Lunatic asylums Central Provinces reports 1910-1926 - 1910-1926
Year: 1910
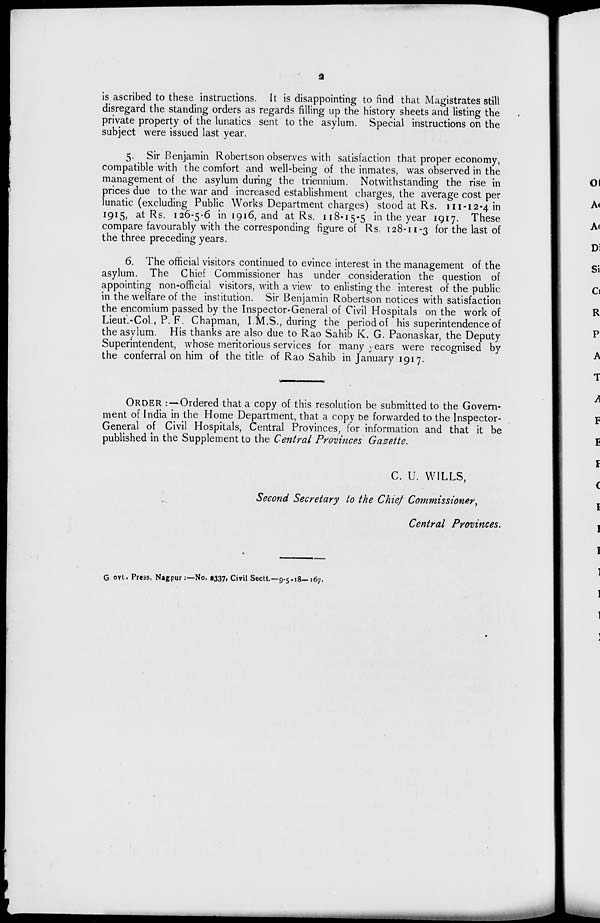
is ascribed to these instructions. It is disappointing to find that Magistrates still
disregard the standing orders as regards filling up the history sheets and listing the
private property of the lunatics sent to the asylum. Special instructions on the
subject were issued last year.
5. Sir Benjamin Robertson observes with satisfaction that proper economy,
compatible with the comfort and well-being of the inmates, was observed in the
management of the asylum during the triennium. Notwithstanding the rise in
prices due to the war and increased establishment charges, the average cost per
lunatic (excluding Public Works Department charges) stood at Rs. 111-12-4 in
1915, at Rs. 126-5-6 in 1916, and at Rs. 118-15-5 in the year 1917. These
compare favourably with the corresponding figure of Rs. 128-11-3 for the last of
the three preceding years.
6. The official visitors continued to evince interest in the management of the
asylum. The Chief Commissioner has under consideration the question of
appointing non-official visitors, with a view to enlisting the interest of the public
in the welfare of the institution. Sir Benjamin Robertson notices with satisfaction
the encomium passed by the Inspector-General of Civil Hospitals on the work of
Lieut.-Col., P. F. Chapman, I.M.S., during the period of his superintendence of
the asylum. His thanks are also due to Rao Sahib K. G. Paonaskar, the Deputy
Superintendent, whose meritorious services for many years were recognised by
the conferral on him of the title of Rao Sahib in January 1917.
ORDER : — Ordered that a copy of this resolution be submitted to the Govern-
ment of India in the Home Department, that a copy be forwarded to the Inspector-
General of Civil Hospitals, Central Provinces, for information and that it be
published in the Supplement to the Central Provinces Gazette.
C. U. WILLS,
Second Secretary to the Chief Commissioner,
Central Provinces.
Govt. Press, Nagpur :—No. 2337, Civil Sectt.—9-5-18—167.